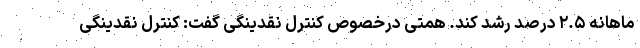
ماهانه ۲.۵ درصد رشد کند. همتی درخصوص کنترل نقدینگی گفت: کنترل نقدینگی